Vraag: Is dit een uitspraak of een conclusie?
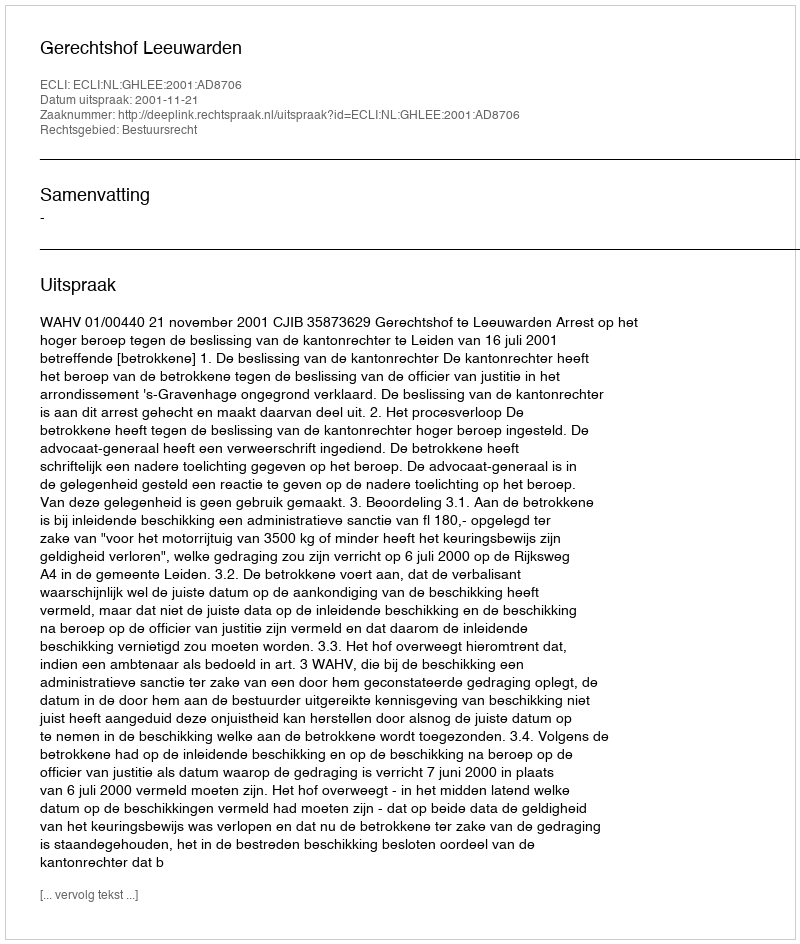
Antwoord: Uitspraak